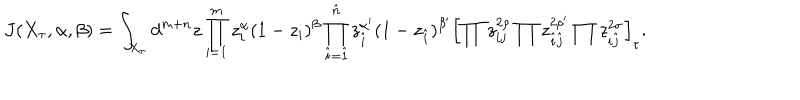
J ( X _ { \tau } , \alpha , \beta ) = \int _ { X _ { \tau } } d ^ { m + n } z \prod _ { i = 1 } ^ { m } z _ { i } ^ { \alpha } ( 1 - z _ { i } ) ^ { \beta } \prod _ { \hat { i } = \hat { 1 } } ^ { \hat { n } } z _ { \hat { i } } ^ { \alpha ^ { \prime } } ( 1 - z _ { \hat { i } } ) ^ { \beta ^ { \prime } } \left[ \prod z _ { i j } ^ { 2 \rho } \prod z _ { \hat { i } \hat { j } } ^ { 2 \rho ^ { \prime } } \prod z _ { i \hat { j } } ^ { 2 \sigma } \right] _ { \tau } .